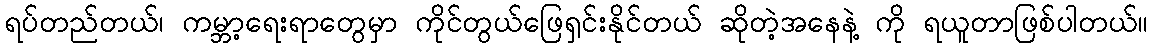
ရပ်တည်တယ်၊ ကမ္ဘာ့ရေးရာတွေမှာ ကိုင်တွယ်ဖြေရှင်းနိုင်တယ် ဆိုတဲ့အနေနဲ့ ကို ရယူတာဖြစ်ပါတယ်။